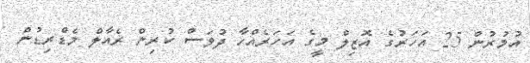
އުމުރުން 25 އަހަރުގެ އޮޒިލް މީގެ އަހަރެއްހާ ދުވަސް ކުރިން ރެއާލް މެޑްރިޑުން